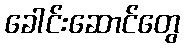
ခေါင်းဆောင်တွေ